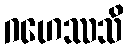
ဂဟေဿသိ